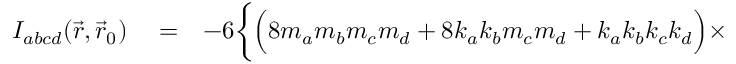
\begin{array} { r l r } { { \cal I } _ { a b c d } ( \vec { r } , \vec { r } _ { 0 } ) } & { { } = } & { - 6 \bigg \{ \Big ( 8 m _ { a } m _ { b } m _ { c } m _ { d } + 8 k _ { a } k _ { b } m _ { c } m _ { d } + k _ { a } k _ { b } k _ { c } k _ { d } \Big ) \times } \end{array}